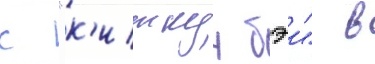
с "к'иткун бэи" в